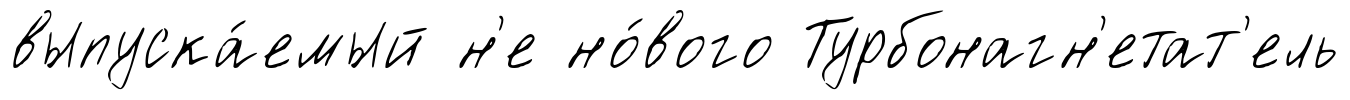
выпуска́емый н'е но́вого Турбонагн'етат'ель